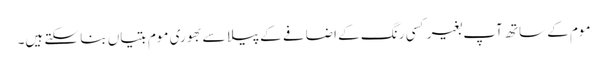
موم کے ساتھ آپ بغیر کسی رنگ کے اضافے کے پیلا سے بھوری موم بتیاں بنا سکتے ہیں۔